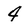
Character: 4